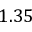
1 . 3 5